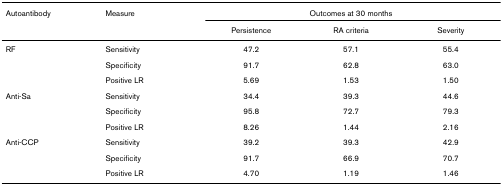
<table><thead><tr><td><b>Autoantibody</b></td><td><b>Measure</b></td><td colspan="3"><b>Outcomes at 30 months</b></td></tr><tr><td></td><td></td><td><b>Persistence</b></td><td><b>RA criteria</b></td><td><b>Severity</b></td></tr></thead><tbody><tr><td>RF</td><td>Sensitivity</td><td>47.2</td><td>57.1</td><td>55.4</td></tr><tr><td></td><td>Specificity</td><td>91.7</td><td>62.8</td><td>63.0</td></tr><tr><td></td><td>Positive LR</td><td>5.69</td><td>1.53</td><td>1.50</td></tr><tr><td>Anti-Sa</td><td>Sensitivity</td><td>34.4</td><td>39.3</td><td>44.6</td></tr><tr><td></td><td>Specificity</td><td>95.8</td><td>72.7</td><td>79.3</td></tr><tr><td></td><td>Positive LR</td><td>8.26</td><td>1.44</td><td>2.16</td></tr><tr><td>Anti-CCP</td><td>Sensitivity</td><td>39.2</td><td>39.3</td><td>42.9</td></tr><tr><td></td><td>Specificity</td><td>91.7</td><td>66.9</td><td>70.7</td></tr><tr><td></td><td>Positive LR</td><td>4.70</td><td>1.19</td><td>1.46</td></tr></tbody></table>